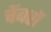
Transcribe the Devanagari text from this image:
चेंबरों